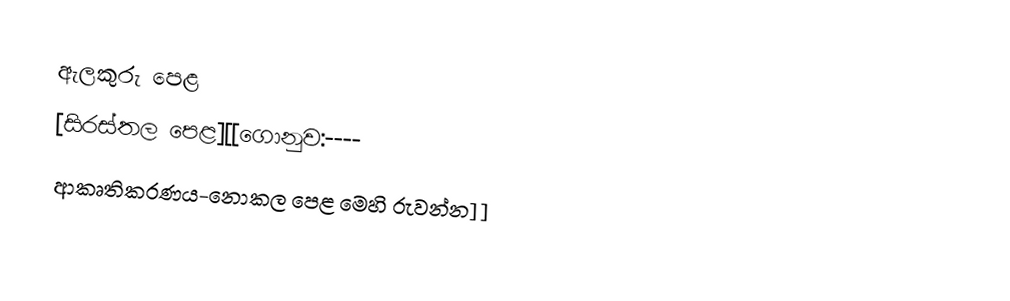
ඇලකුරු පෙළ
 [සිරස්තල  පෙළ][[ගොනුව:----
ආකෘතිකරණය-නොකල පෙළ මෙහි රුවන්න]]